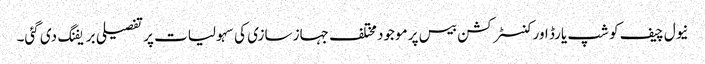
نیول چیف کو شپ یارڈ اور کنسٹرکشن بیس پر موجود مختلف جہاز سازی کی سہولیات پر تفصیلی بریفنگ دی گئی۔